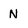
Character: N